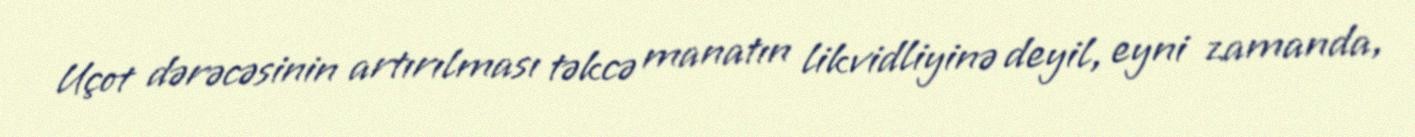
Uçot dərəcəsinin artırılması təkcə manatın likvidliyinə deyil, eyni zamanda,